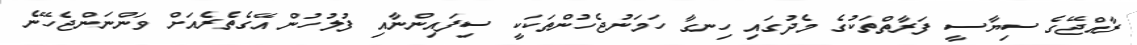
ރާއްޖޭގެ ސިޔާސީ ފަރާތްތަކުގެ މެދުގައި ހިނގާ ހަމަނުޖެހުންތަކަކީ ސިފައިންނާއި ފުލުހުން އޭގެތެރެއަށް ވަންނަންޖެހޭނެ